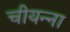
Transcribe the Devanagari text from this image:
चीयन्ना